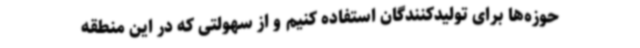
حوزه‌ها برای تولیدکنندگان استفاده کنیم و از سهولتی که در این منطقه